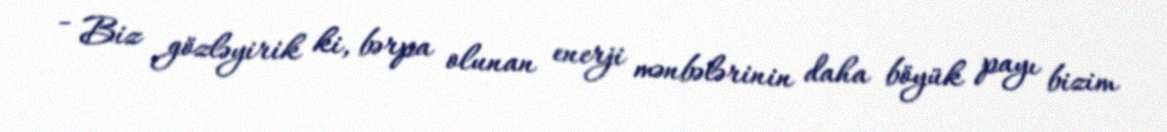
- Biz gözləyirik ki, bərpa olunan enerji mənbələrinin daha böyük payı bizim